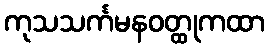
ကုသသင်္ကမနဝတ္ထုကထာ